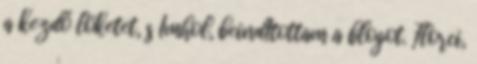
a kezdő löketet, s Ímhol, beindÍtottam a blogot. Florci,